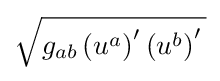
{\sqrt {g_{ab}\left(u^{a}\right)'\left(u^{b}\right)'\,}}